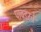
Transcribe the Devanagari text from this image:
पावडरचे